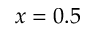
x = 0 . 5